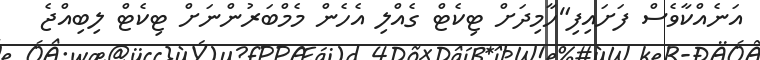
އަނެއްކާވެސް ފަށައިފި"ހާމިދަށް ޓިކެޓް ގެއްލި އެހެން މެމްބަރުންނަށް ޓިކެޓް ލިބިއްޖެ